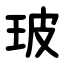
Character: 玻